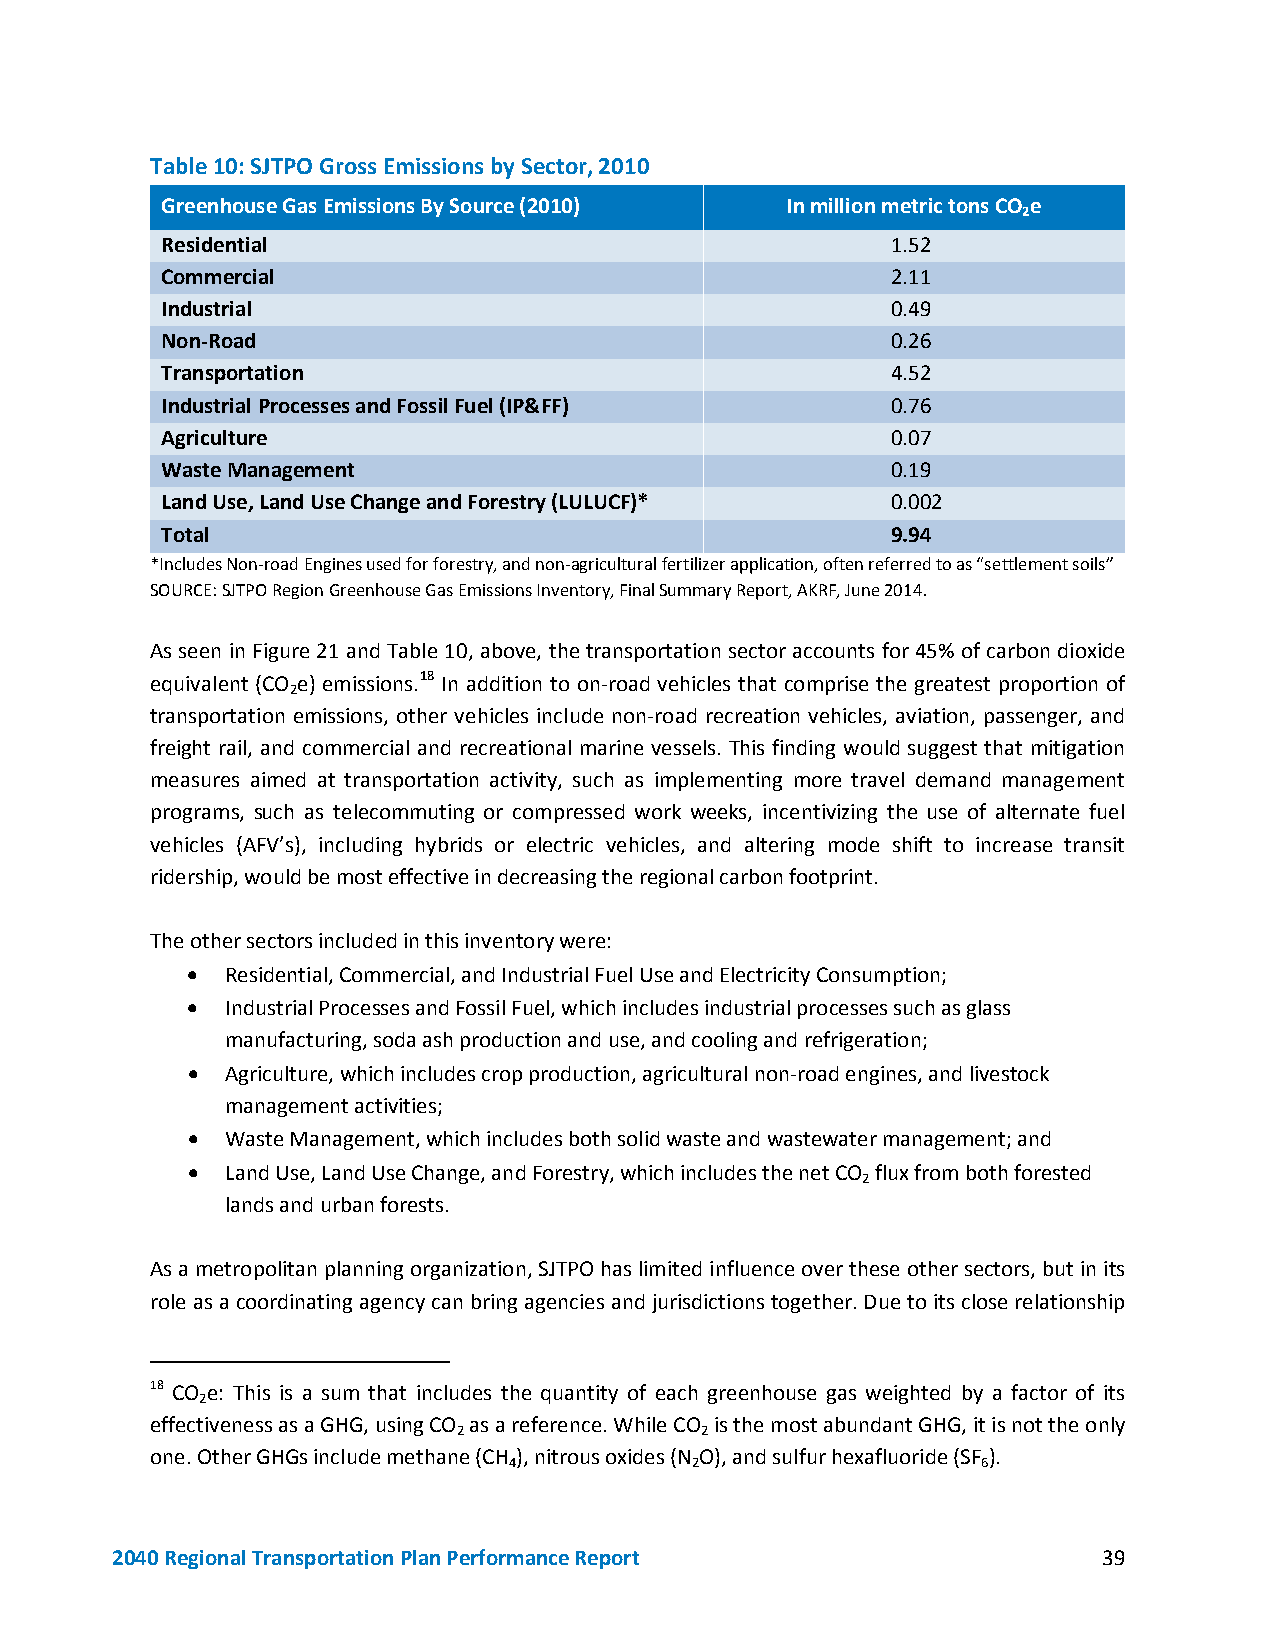
Table 10: SJTPO Gross Emissions by Sector, 2010
 Greenhouse Gas Emissions By Source (2010) In million metric tons CO e
 2
 Residential                                     1.52
 Commercial                                      2.11
 Industrial                                      0.49
 Non-Road                                        0.26
 Transportation                                  4.52
 Industrial Processes and Fossil Fuel (IP&FF)    0.76
 Agriculture                                     0.07
 Waste Management                                0.19
 Land Use, Land Use Change and Forestry (LULUCF)* 0.002
 Total                                           9.94
 *Includes Non-road Engines used for forestry, and non-agricultural fertilizer application, often referred to as “settlement soils”
 SOURCE: SJTPO Region Greenhouse Gas Emissions Inventory, Final Summary Report, AKRF, June 2014.
 As seen in Figure 21 and Table 10, above, the transportation sector accounts for 45% of carbon dioxide
 equivalent (CO e) emissions.18 In addition to on-road vehicles that comprise the greatest proportion of
 2
 transportation emissions, other vehicles include non-road recreation vehicles, aviation, passenger, and
 freight rail, and commercial and recreational marine vessels. This finding would suggest that mitigation
 measures aimed at transportation activity, such as implementing more travel demand management
 programs, such as telecommuting or compressed work weeks, incentivizing the use of alternate fuel
 vehicles (AFV’s), including hybrids or electric vehicles, and altering mode shift to increase transit
 ridership, would be most effective in decreasing the regional carbon footprint.
 The other sectors included in this inventory were:
 •  Residential, Commercial, and Industrial Fuel Use and Electricity Consumption;
 •  Industrial Processes and Fossil Fuel, which includes industrial processes such as glass
 manufacturing, soda ash production and use, and cooling and refrigeration;
 •  Agriculture, which includes crop production, agricultural non-road engines, and livestock
 management activities;
 •  Waste Management, which includes both solid waste and wastewater management; and
 •  Land Use, Land Use Change, and Forestry, which includes the net CO flux from both forested
 2
 lands and urban forests.
 As a metropolitan planning organization, SJTPO has limited influence over these other sectors, but in its
 role as a coordinating agency can bring agencies and jurisdictions together. Due to its close relationship
 18 CO e: This is a sum that includes the quantity of each greenhouse gas weighted by a factor of its
 2
 effectiveness as a GHG, using CO as a reference. While CO is the most abundant GHG, it is not the only
 2               2
 one. Other GHGs include methane (CH ), nitrous oxides (N O), and sulfur hexafluoride (SF ).
 4           2                  6
 2040 Regional Transportation Plan Performance Report              39